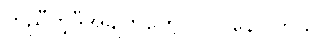
တူညီတဲ့ဒီအချက်တွေ ပါဝင်နေပါတယ်။